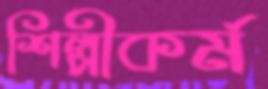
শিল্পীকর্ম